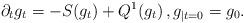
LaTeX: \begin{align*}\partial_tg_t=-S(g_t)+Q^1(g_t)\,,g_{|t=0}=g_0.\end{align*}